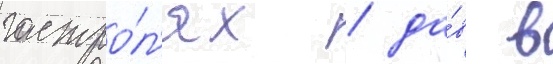
гастро́л'ях / да́в в